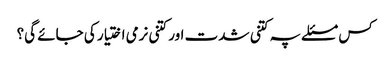
کس مسئلے پہ کتنی شدت اور کتنی نرمی اختیار کی جائے گی؟